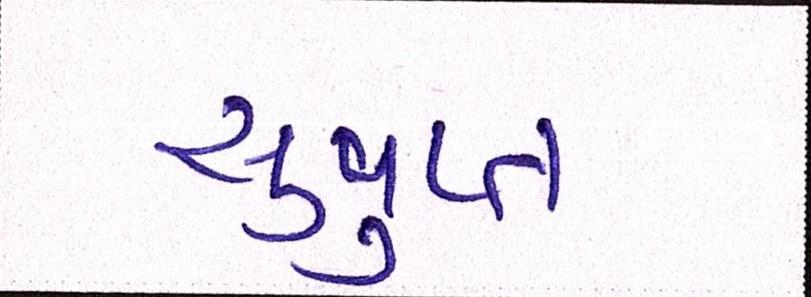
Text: સુષુપ્ત